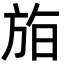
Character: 𣃧